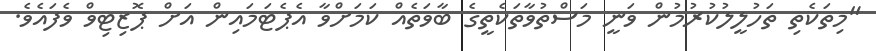
"މިތަކެތި ތަހުލީލުކުރުމުން ވަނީ މަސްތުވާތަކެތީގެ ބާވަތެއް ކަމަށްވާ އެޕެޓަމައިން އަށް ޕޮޒިޓިވް ވެފައެވެ.